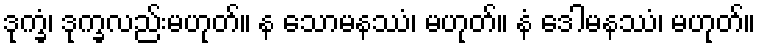
ဒုက္ခံ၊ ဒုက္ခလည်းမဟုတ်။ န သောမနဿံ၊ မဟုတ်။ နံ ဒေါမနဿံ၊ မဟုတ်။